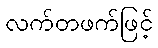
လက်တဖက်ဖြင့်